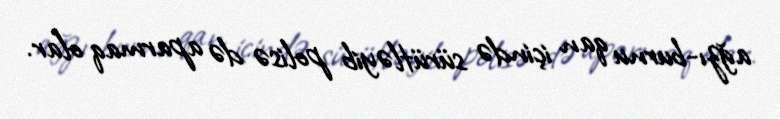
ağzı-burnu qan içində sürütləyib polisə də aparmaq olar.